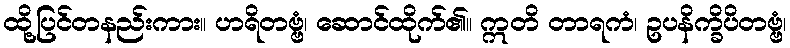
ထို့ပြင်တနည်းကား။ ဟရိတဗ္ဗံ၊ ဆောင်ထိုက်၏။ ဣတိ တာရကံ၊ ဥပနိက္ခိပိတဗ္ဗံ၊